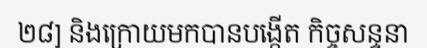
២៨] និងក្រោយមកបានបង្កើត កិច្ចសន្ទនា